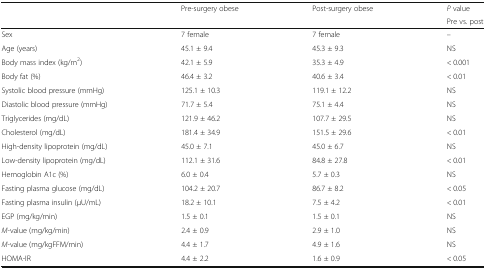
<table><thead><tr><td rowspan="2"></td><td rowspan="2"><b>Pre-surgery obese</b></td><td rowspan="2"><b>Post-surgery obese</b></td><td><b><i>P</i> value</b></td></tr><tr><td><b>Pre vs. post</b></td></tr></thead><tbody><tr><td>Sex</td><td>7 female</td><td>7 female</td><td>–</td></tr><tr><td>Age (years)</td><td>45.1 ± 9.4</td><td>45.3 ± 9.3</td><td>NS</td></tr><tr><td>Body mass index (kg/m<sup>2</sup>)</td><td>42.1 ± 5.9</td><td>35.3 ± 4.9</td><td>&lt; 0.001</td></tr><tr><td>Body fat (%)</td><td>46.4 ± 3.2</td><td>40.6 ± 3.4</td><td>&lt; 0.01</td></tr><tr><td>Systolic blood pressure (mmHg)</td><td>125.1 ± 10.3</td><td>119.1 ± 12.2</td><td>NS</td></tr><tr><td>Diastolic blood pressure (mmHg)</td><td>71.7 ± 5.4</td><td>75.1 ± 4.4</td><td>NS</td></tr><tr><td>Triglycerides (mg/dL)</td><td>121.9 ± 46.2</td><td>107.7 ± 29.5</td><td>NS</td></tr><tr><td>Cholesterol (mg/dL)</td><td>181.4 ± 34.9</td><td>151.5 ± 29.6</td><td>&lt; 0.01</td></tr><tr><td>High-density lipoprotein (mg/dL)</td><td>45.0 ± 7.1</td><td>45.0 ± 6.7</td><td>NS</td></tr><tr><td>Low-density lipoprotein (mg/dL)</td><td>112.1 ± 31.6</td><td>84.8 ± 27.8</td><td>&lt; 0.01</td></tr><tr><td>Hemoglobin A1c (%)</td><td>6.0 ± 0.4</td><td>5.7 ± 0.3</td><td>NS</td></tr><tr><td>Fasting plasma glucose (mg/dL)</td><td>104.2 ± 20.7</td><td>86.7 ± 8.2</td><td>&lt; 0.05</td></tr><tr><td>Fasting plasma insulin (μU/mL)</td><td>18.2 ± 10.1</td><td>7.5 ± 4.2</td><td>&lt; 0.01</td></tr><tr><td>EGP (mg/kg/min)</td><td>1.5 ± 0.1</td><td>1.5 ± 0.1</td><td>NS</td></tr><tr><td><i>M</i>-value (mg/kg/min)</td><td>2.4 ± 0.9</td><td>2.9 ± 1.0</td><td>NS</td></tr><tr><td><i>M</i>-value (mg/kgFFM/min)</td><td>4.4 ± 1.7</td><td>4.9 ± 1.6</td><td>NS</td></tr><tr><td>HOMA-IR</td><td>4.4 ± 2.2</td><td>1.6 ± 0.9</td><td>&lt; 0.05</td></tr></tbody></table>